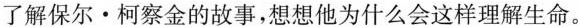
了解保尔•柯察金的故事，想想他为什么会这样理解生命。